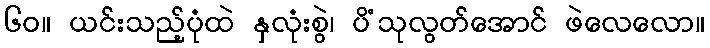
၆၀။ ယင်းသည့်ပုံထဲ နှလုံးစွဲ၊ ပိံသုလွတ်အောင် ဖဲလေလော။